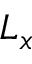
L _ { x }